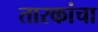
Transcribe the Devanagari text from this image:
तारकांचा